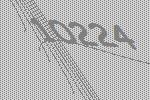
10224